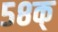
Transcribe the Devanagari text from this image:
५८क्